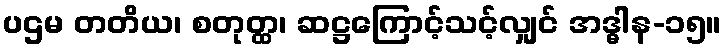
ပဌမ တတိယ၊ စတုတ္ထ၊ ဆဋ္ဌကြောင့်သင့်လျှင် အဒ္ဓါန-၁၅။